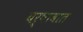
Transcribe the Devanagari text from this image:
वर्षावात